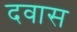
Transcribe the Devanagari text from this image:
दवास